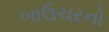
બાઉચરનો